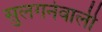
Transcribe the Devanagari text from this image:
सुलगनेवाली